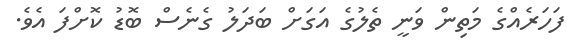
ފަހަރެއްގެ މަތިން ވަނީ ތެލުގެ އަގަށް ބަދަލު ގެނެސް ބޮޑު ކޮށްފަ އެވެ.